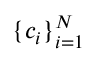
\{ c _ { i } \} _ { i = 1 } ^ { N }